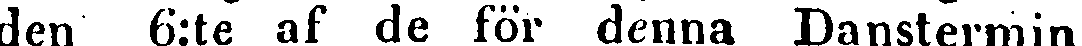
den 6:te af de för denna Danstermin